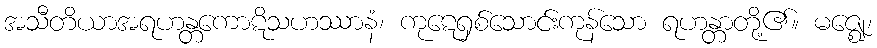
အသီတိယာအရဟန္တကောဋိသဟဿာနံ၊ ကုဋေရှစ်သောင်းကုန်သော ရဟန္တာတို့၏။ မဇ္ဈေ၊